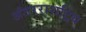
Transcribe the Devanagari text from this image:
अंतरराशट्रिय